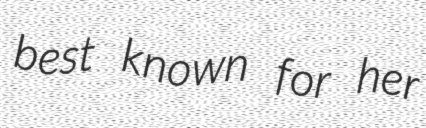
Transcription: best known for her